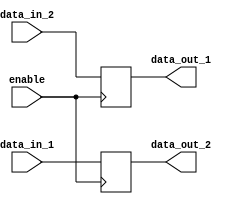
module bidirectional_buffer(
    input wire data_in_1,
    input wire data_in_2,
    input wire enable,
    output reg data_out_1,
    output reg data_out_2
);

always @(posedge enable) begin
    if (enable) begin
        data_out_1 <= data_in_2;
        data_out_2 <= data_in_1;
    end
end

endmodule